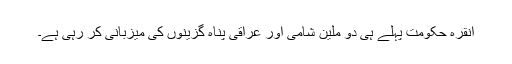
انقرہ حکومت پہلے ہی دو ملين شامی اور عراقی پناہ گزينوں کی ميزبانی کر رہی ہے۔